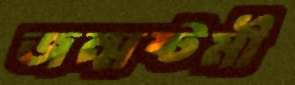
জন্মষ্টমী